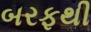
બરફથી